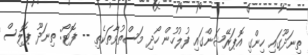
ތިނަދޫގައި ހިންގި އޮޕަރޭޝަންގައި ފުލުހުން ހޯދި މަސްތުވާތަކެތި -- ފޮޓޯ: ތިނަދޫ ޕޮލިސް